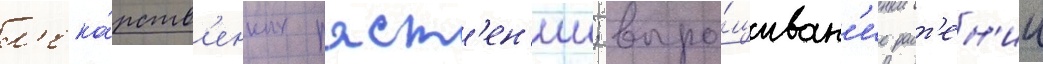
л'ека́рств'енных раст'ен'ии; выра́щиван'ие раст'ен'ии